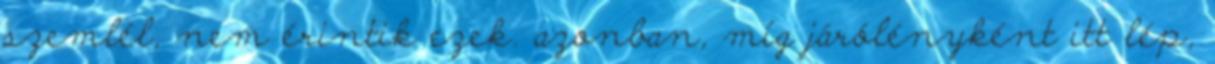
szemlél, nem érintik ezek. azonban, míg járólényként itt lép,